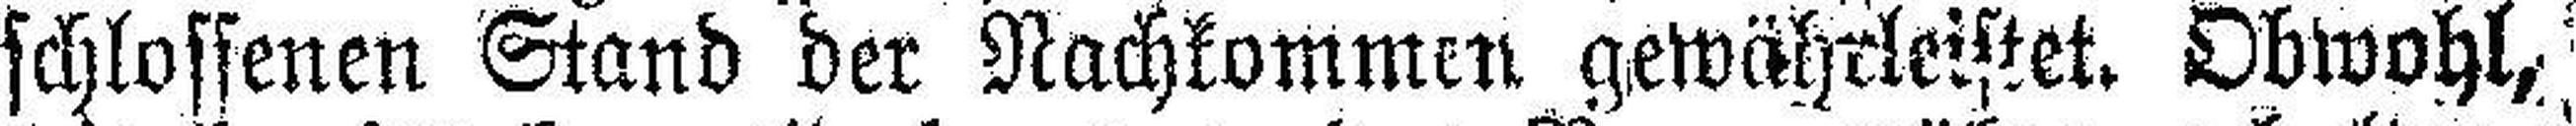
schlossenen Stand der Nachkommen gewährleistet. Obwohl,